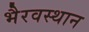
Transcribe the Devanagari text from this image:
भैरवस्थान